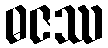
ဓဇဿ